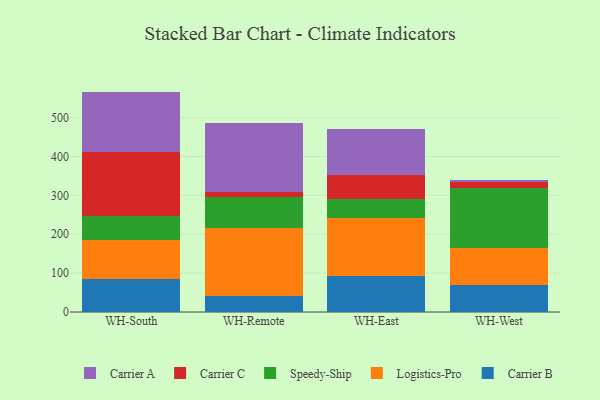
{"axis": {"x": "Warehouse", "y": "Population (Million)"}, "legend": ["Carrier A", "Carrier B", "Carrier C", "Logistics-Pro", "Speedy-Ship"], "data": [{"x": "WH-South", "y": 85.4, "type": "Carrier B"}, {"x": "WH-South", "y": 99.8, "type": "Logistics-Pro"}, {"x": "WH-South", "y": 60.6, "type": "Speedy-Ship"}, {"x": "WH-South", "y": 165.8, "type": "Carrier C"}, {"x": "WH-South", "y": 155.3, "type": "Carrier A"}, {"x": "WH-Remote", "y": 42.1, "type": "Carrier B"}, {"x": "WH-Remote", "y": 173.6, "type": "Logistics-Pro"}, {"x": "WH-Remote", "y": 80.9, "type": "Speedy-Ship"}, {"x": "WH-Remote", "y": 11.8, "type": "Carrier C"}, {"x": "WH-Remote", "y": 176.9, "type": "Carrier A"}, {"x": "WH-East", "y": 92.6, "type": "Carrier B"}, {"x": "WH-East", "y": 149.7, "type": "Logistics-Pro"}, {"x": "WH-East", "y": 48.7, "type": "Speedy-Ship"}, {"x": "WH-East", "y": 61.0, "type": "Carrier C"}, {"x": "WH-East", "y": 119.3, "type": "Carrier A"}, {"x": "WH-West", "y": 70.6, "type": "Carrier B"}, {"x": "WH-West", "y": 95.2, "type": "Logistics-Pro"}, {"x": "WH-West", "y": 153.1, "type": "Speedy-Ship"}, {"x": "WH-West", "y": 16.0, "type": "Carrier C"}, {"x": "WH-West", "y": 5.2, "type": "Carrier A"}]}